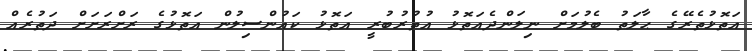
އަތޮޅުތެރޭގެ ޙާލަތު ބެލުމަށް ނިލަންދެއަތޮޅު އުތުރުބުރީ އަތޮޅު ކައުންސިލުން އަތޮޅުގެ ރަށްރަށަށް ދަތުރެއް